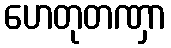
ဟေတုတဏှာ